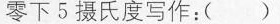
零下5摄氏度写作：( )